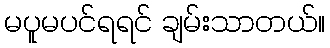
မပူမပင်ရရင် ချမ်းသာတယ်။